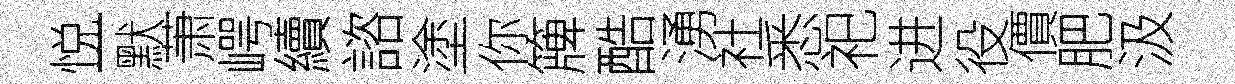
悦一默萧崿續諮塗你簰酷湧社悉祀进役價肥汲